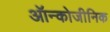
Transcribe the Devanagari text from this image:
ऑन्कोजीनिक